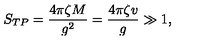
S _ { T P } = \frac { 4 \pi \zeta M } { g ^ { 2 } } = \frac { 4 \pi \zeta v } { g } \gg 1 ,